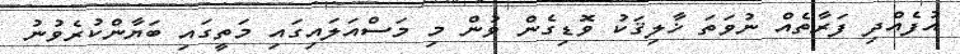
އުފެއްދި ފަރާތެއް ނުވަތަ ޚާލިޤަކު ވޮޑިގެން ވުން މި މަސްއަލައިގައި މަތީގައި ބަޔާންކުރެވުނު